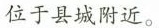
位于县城附近。